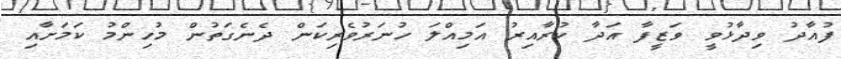
ފުއާދު ވިދާޅުވީ ވަޒީފާ އަދާ ކުރާއިރު އަމިއްލަ ހުނަރުވެރިކަން ދެނެގަތުން މުހިންމު ކަމަށާއި